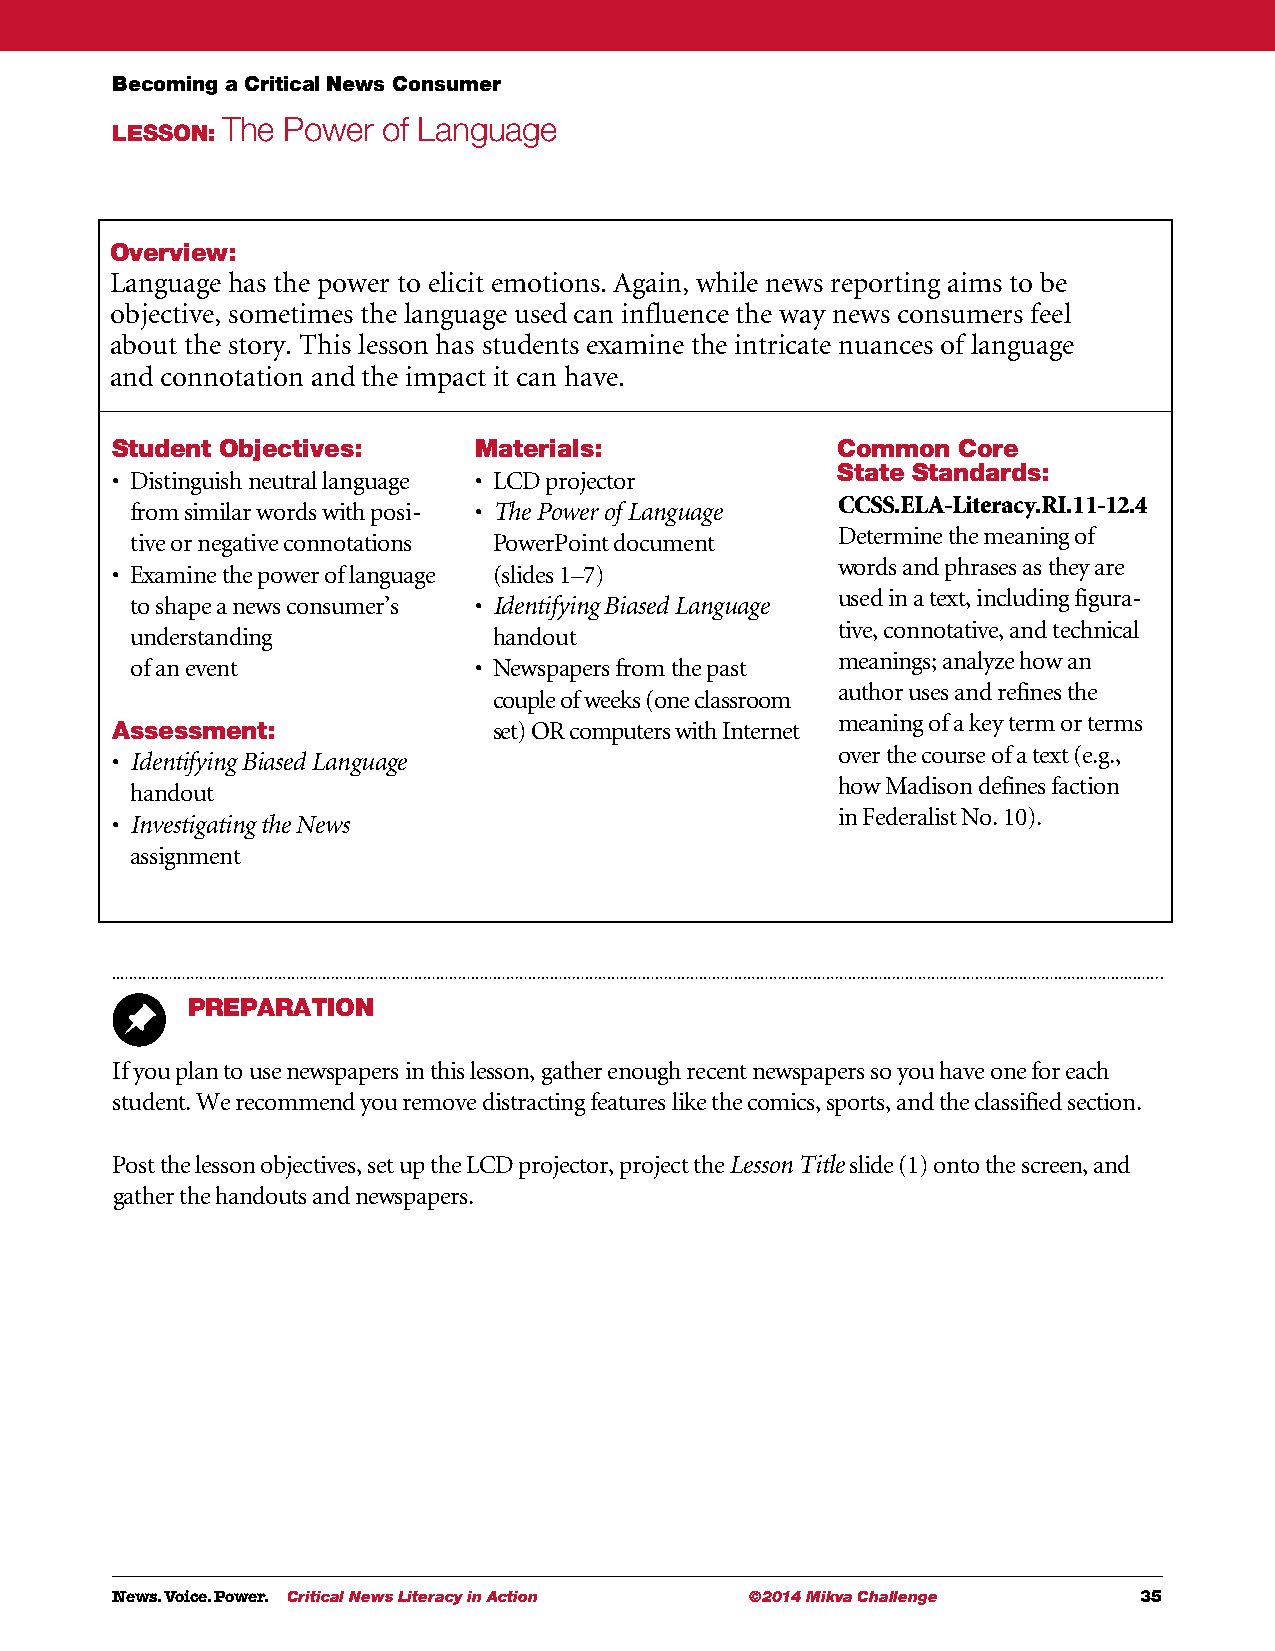
Becoming a Critical News Consumer
 The Power of Language
 LESSON:
 Overview:
 Language has the power to elicit emotions. Again, while news reporting aims to be
 objective, sometimes the language used can influence the way news consumers feel
 about the story. This lesson has students examine the intricate nuances of language
 and connotation and the impact it can have.
 Student Objectives:     Materials:              Common  Core
 State Standards:
 • D istinguish neutral language • L CD projector
 CCSS.ELA-Literacy.RI.11-12.4
 from similar words with posi- • The Power of Language
 Determine the meaning of
 tive or negative connotations PowerPoint document
 words and phrases as they are
 • E xamine the power of language (slides 1–7)
 used in a text, including figura-
 to shape a news consumer’s • Identifying Biased Language
 tive, connotative, and technical
 understanding           handout
 meanings; analyze how an
 of an event           • N ewspapers from the past
 author uses and refines the
 couple of weeks (one classroom
 meaning of a key term or terms
 Assessment:               set) OR computers with Internet
 over the course of a text (e.g.,
 • I dentifying Biased Language
 how Madison defines faction
 handout
 in Federalist No. 10).
 • I nvestigating the News
 assignment
 PREPARATION
 If you plan to use newspapers in this lesson, gather enough recent newspapers so you have one for each
 student. We recommend you remove distracting features like the comics, sports, and the classified section.
 Post the lesson objectives, set up the LCD projector, project the Lesson Title slide (1) onto the screen, and
 gather the handouts and newspapers.
 News. Voice. Power. Critical News Literacy in Action ©2014 Mikva Challenge 35